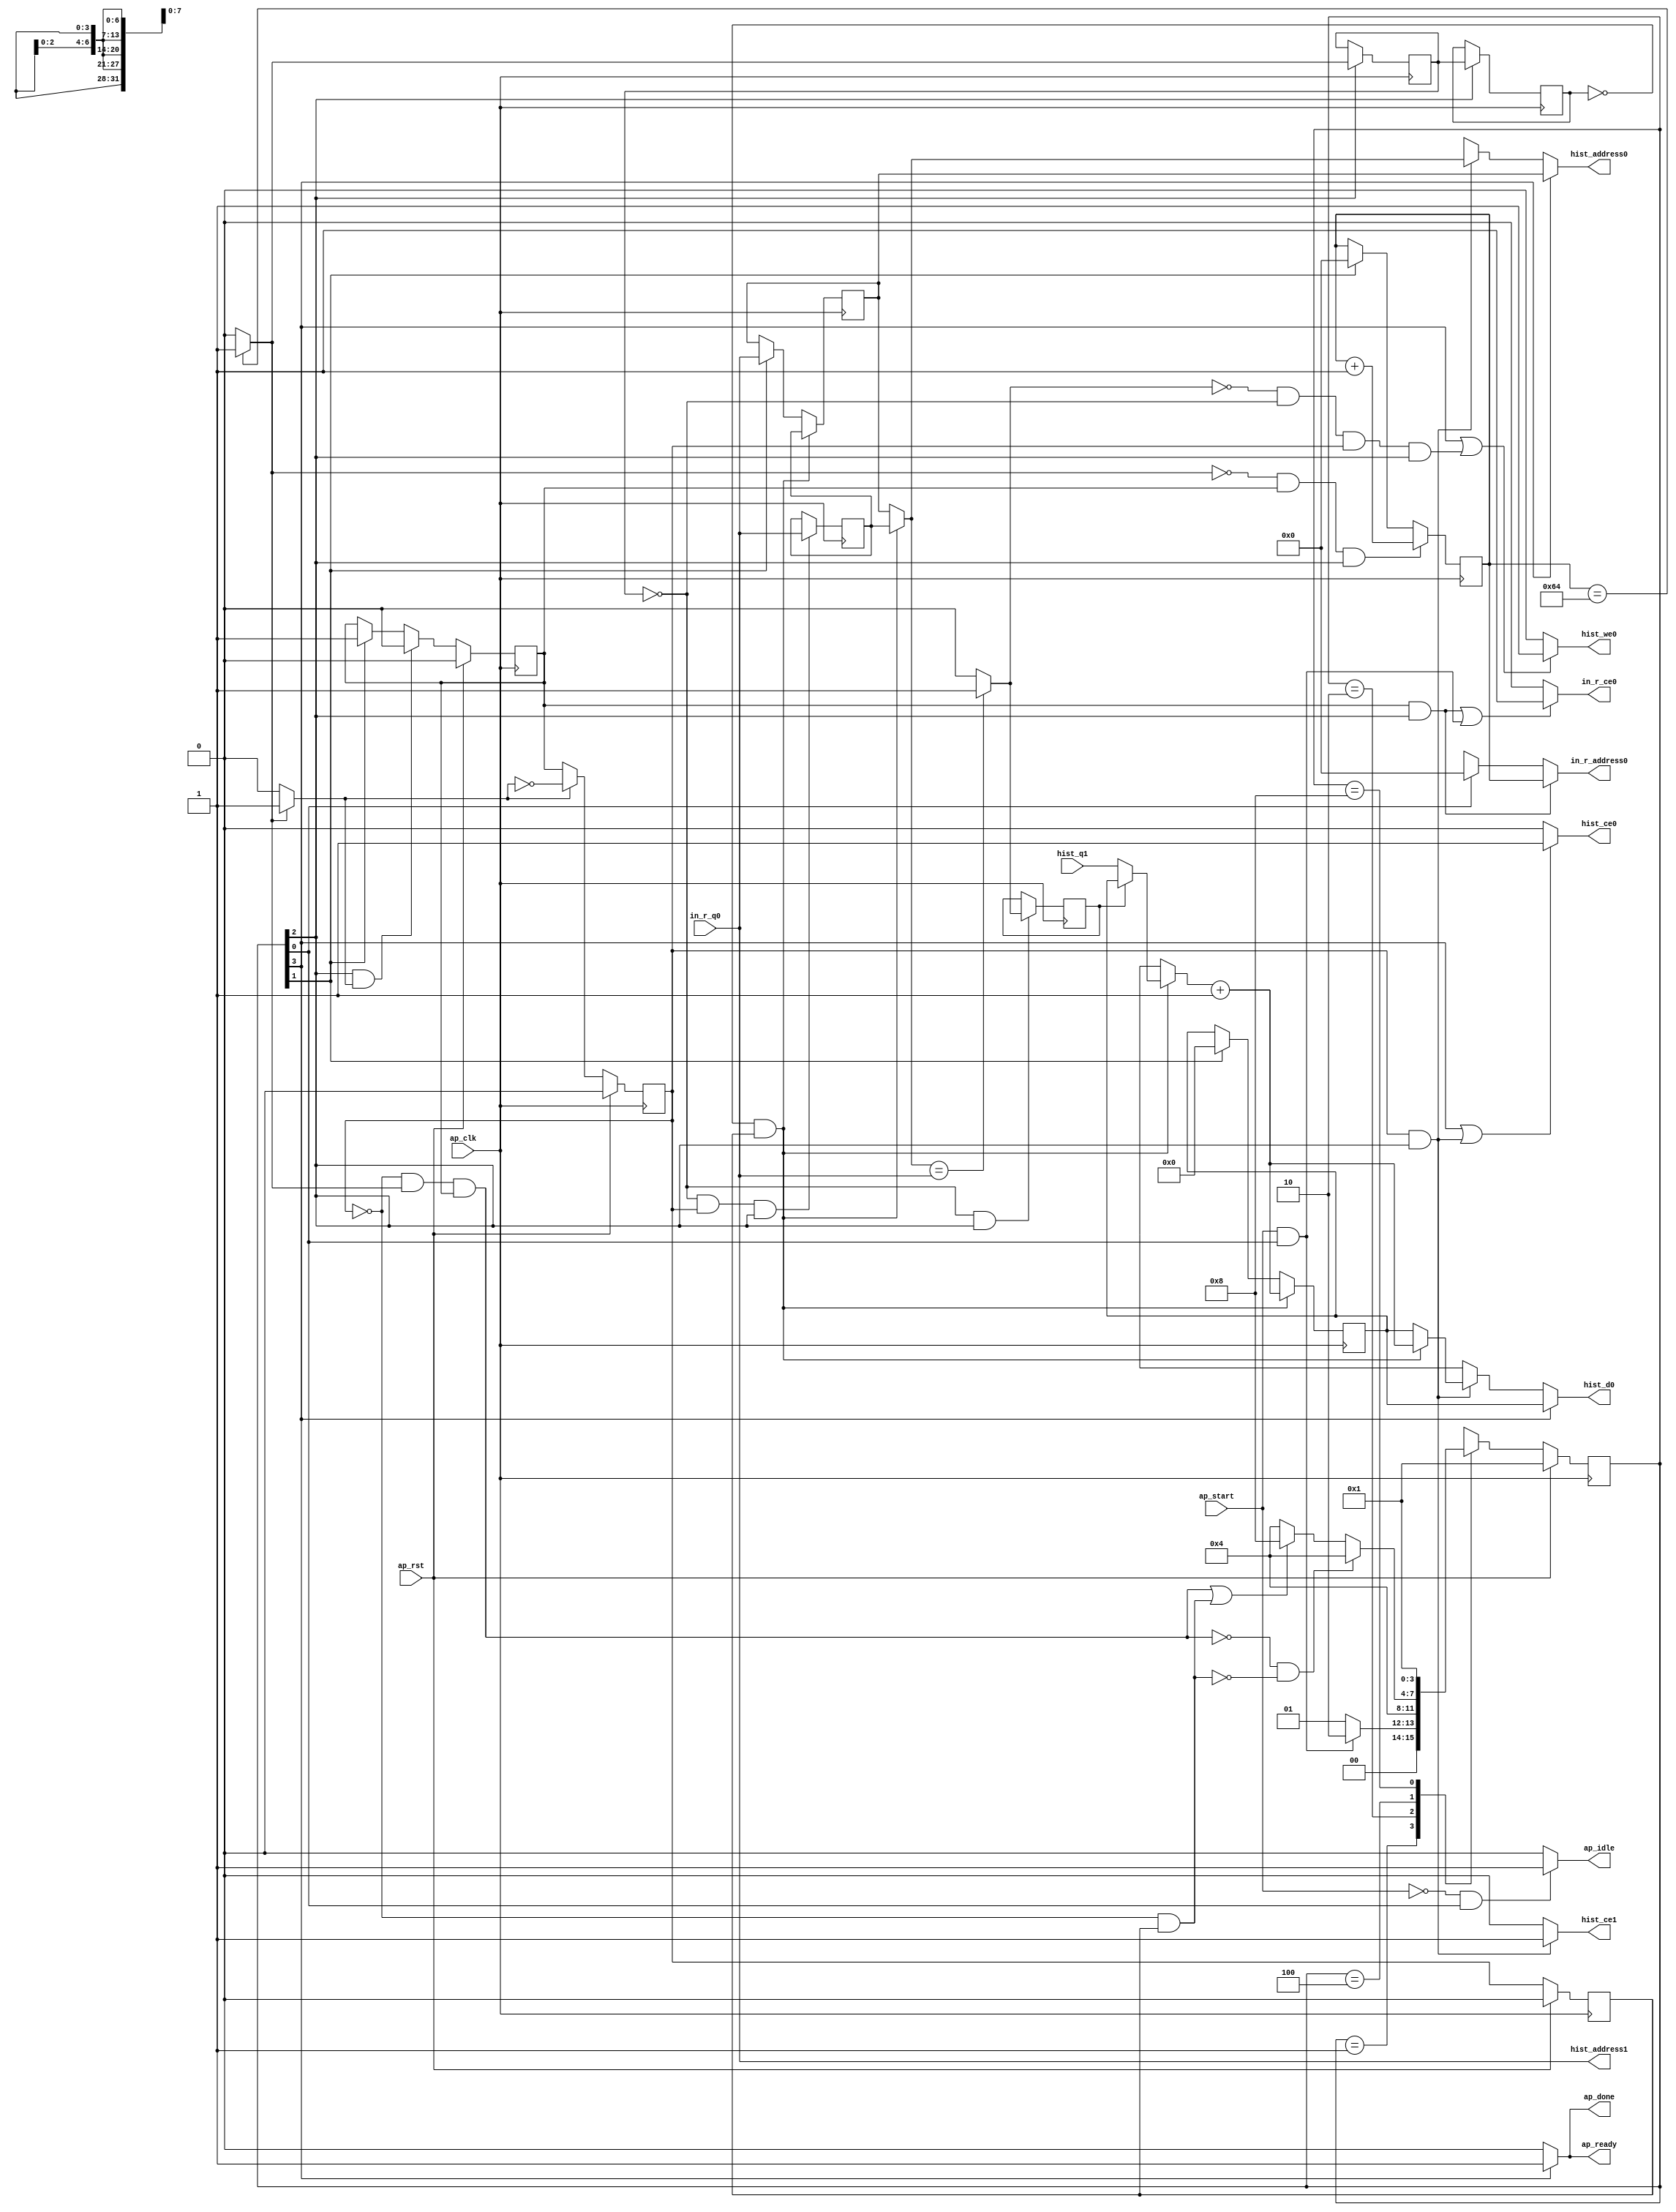
// ==============================================================
// RTL generated by Vivado(TM) HLS - High-Level Synthesis from C, C++ and SystemC
// Version: 2018.2
// Copyright (C) 1986-2018 Xilinx, Inc. All Rights Reserved.
// 
// ===========================================================

`timescale 1 ns / 1 ps 

(* CORE_GENERATION_INFO="histogram_forward,hls_ip_2018_2,{HLS_INPUT_TYPE=cxx,HLS_INPUT_FLOAT=0,HLS_INPUT_FIXED=0,HLS_INPUT_PART=xc7k160tfbg484-2,HLS_INPUT_CLOCK=10.000000,HLS_INPUT_ARCH=others,HLS_SYN_CLOCK=6.918000,HLS_SYN_LAT=104,HLS_SYN_TPT=none,HLS_SYN_MEM=0,HLS_SYN_DSP=0,HLS_SYN_FF=65,HLS_SYN_LUT=218,HLS_VERSION=2018_2}" *)

module histogram_forward (
        ap_clk,
        ap_rst,
        ap_start,
        ap_done,
        ap_idle,
        ap_ready,
        in_r_address0,
        in_r_ce0,
        in_r_q0,
        hist_address0,
        hist_ce0,
        hist_we0,
        hist_d0,
        hist_address1,
        hist_ce1,
        hist_q1
);

parameter    ap_ST_fsm_state1 = 4'd1;
parameter    ap_ST_fsm_state2 = 4'd2;
parameter    ap_ST_fsm_pp0_stage0 = 4'd4;
parameter    ap_ST_fsm_state6 = 4'd8;

input   ap_clk;
input   ap_rst;
input   ap_start;
output   ap_done;
output   ap_idle;
output   ap_ready;
output  [6:0] in_r_address0;
output   in_r_ce0;
input  [7:0] in_r_q0;
output  [7:0] hist_address0;
output   hist_ce0;
output   hist_we0;
output  [31:0] hist_d0;
output  [7:0] hist_address1;
output   hist_ce1;
input  [31:0] hist_q1;

reg ap_done;
reg ap_idle;
reg ap_ready;
reg[6:0] in_r_address0;
reg in_r_ce0;
reg[7:0] hist_address0;
reg hist_ce0;
reg hist_we0;
reg[31:0] hist_d0;
reg hist_ce1;

(* fsm_encoding = "none" *) reg   [3:0] ap_CS_fsm;
wire    ap_CS_fsm_state1;
reg   [31:0] acc_reg_91;
reg  signed [7:0] old1_reg_104;
reg   [6:0] i_reg_114;
wire    ap_CS_fsm_state2;
wire   [0:0] exitcond_fu_136_p2;
reg   [0:0] exitcond_reg_190;
wire    ap_CS_fsm_pp0_stage0;
wire    ap_block_state3_pp0_stage0_iter0;
wire    ap_block_state4_pp0_stage0_iter1;
wire    ap_block_state5_pp0_stage0_iter2;
wire    ap_block_pp0_stage0_11001;
reg   [0:0] exitcond_reg_190_pp0_iter1_reg;
wire   [6:0] i_1_fu_142_p2;
reg    ap_enable_reg_pp0_iter0;
reg  signed [7:0] in_load_1_reg_204;
reg    ap_enable_reg_pp0_iter1;
wire   [0:0] tmp_2_fu_153_p2;
reg   [0:0] tmp_2_reg_209;
wire   [31:0] acc_1_fu_169_p2;
reg    ap_enable_reg_pp0_iter2;
wire    ap_block_pp0_stage0_subdone;
reg    ap_condition_pp0_exit_iter0_state3;
reg   [31:0] ap_phi_mux_acc_phi_fu_96_p4;
wire    ap_block_pp0_stage0;
reg  signed [7:0] ap_phi_mux_old1_phi_fu_107_p4;
reg   [31:0] ap_phi_mux_acc_1_in_phi_fu_128_p4;
wire   [31:0] ap_phi_reg_pp0_iter2_acc_1_in_reg_125;
wire   [63:0] tmp_1_fu_148_p1;
wire  signed [63:0] tmp_3_fu_159_p1;
wire  signed [63:0] tmp_4_fu_164_p1;
wire  signed [63:0] tmp_fu_175_p1;
wire    ap_CS_fsm_state6;
wire  signed [7:0] tmp_2_fu_153_p1;
wire  signed [7:0] tmp_4_fu_164_p0;
reg   [3:0] ap_NS_fsm;
reg    ap_idle_pp0;
wire    ap_enable_pp0;
reg    ap_condition_124;

// power-on initialization
initial begin
#0 ap_CS_fsm = 4'd1;
#0 ap_enable_reg_pp0_iter0 = 1'b0;
#0 ap_enable_reg_pp0_iter1 = 1'b0;
#0 ap_enable_reg_pp0_iter2 = 1'b0;
end

always @ (posedge ap_clk) begin
    if (ap_rst == 1'b1) begin
        ap_CS_fsm <= ap_ST_fsm_state1;
    end else begin
        ap_CS_fsm <= ap_NS_fsm;
    end
end

always @ (posedge ap_clk) begin
    if (ap_rst == 1'b1) begin
        ap_enable_reg_pp0_iter0 <= 1'b0;
    end else begin
        if (((1'b1 == ap_CS_fsm_pp0_stage0) & (1'b1 == ap_condition_pp0_exit_iter0_state3) & (1'b0 == ap_block_pp0_stage0_subdone))) begin
            ap_enable_reg_pp0_iter0 <= 1'b0;
        end else if ((1'b1 == ap_CS_fsm_state2)) begin
            ap_enable_reg_pp0_iter0 <= 1'b1;
        end
    end
end

always @ (posedge ap_clk) begin
    if (ap_rst == 1'b1) begin
        ap_enable_reg_pp0_iter1 <= 1'b0;
    end else begin
        if ((1'b0 == ap_block_pp0_stage0_subdone)) begin
            if ((1'b1 == ap_condition_pp0_exit_iter0_state3)) begin
                ap_enable_reg_pp0_iter1 <= (1'b1 ^ ap_condition_pp0_exit_iter0_state3);
            end else if ((1'b1 == 1'b1)) begin
                ap_enable_reg_pp0_iter1 <= ap_enable_reg_pp0_iter0;
            end
        end
    end
end

always @ (posedge ap_clk) begin
    if (ap_rst == 1'b1) begin
        ap_enable_reg_pp0_iter2 <= 1'b0;
    end else begin
        if ((1'b0 == ap_block_pp0_stage0_subdone)) begin
            ap_enable_reg_pp0_iter2 <= ap_enable_reg_pp0_iter1;
        end else if ((1'b1 == ap_CS_fsm_state2)) begin
            ap_enable_reg_pp0_iter2 <= 1'b0;
        end
    end
end

always @ (posedge ap_clk) begin
    if (((exitcond_reg_190_pp0_iter1_reg == 1'd0) & (1'b0 == ap_block_pp0_stage0_11001) & (ap_enable_reg_pp0_iter2 == 1'b1))) begin
        acc_reg_91 <= acc_1_fu_169_p2;
    end else if ((1'b1 == ap_CS_fsm_state2)) begin
        acc_reg_91 <= 32'd0;
    end
end

always @ (posedge ap_clk) begin
    if (((1'b0 == ap_block_pp0_stage0_11001) & (exitcond_fu_136_p2 == 1'd0) & (ap_enable_reg_pp0_iter0 == 1'b1) & (1'b1 == ap_CS_fsm_pp0_stage0))) begin
        i_reg_114 <= i_1_fu_142_p2;
    end else if ((1'b1 == ap_CS_fsm_state2)) begin
        i_reg_114 <= 7'd0;
    end
end

always @ (posedge ap_clk) begin
    if (((exitcond_reg_190_pp0_iter1_reg == 1'd0) & (1'b0 == ap_block_pp0_stage0_11001) & (ap_enable_reg_pp0_iter2 == 1'b1))) begin
        old1_reg_104 <= in_load_1_reg_204;
    end else if ((1'b1 == ap_CS_fsm_state2)) begin
        old1_reg_104 <= in_r_q0;
    end
end

always @ (posedge ap_clk) begin
    if (((1'b0 == ap_block_pp0_stage0_11001) & (1'b1 == ap_CS_fsm_pp0_stage0))) begin
        exitcond_reg_190 <= exitcond_fu_136_p2;
        exitcond_reg_190_pp0_iter1_reg <= exitcond_reg_190;
    end
end

always @ (posedge ap_clk) begin
    if (((1'b0 == ap_block_pp0_stage0_11001) & (exitcond_reg_190 == 1'd0) & (ap_enable_reg_pp0_iter1 == 1'b1) & (1'b1 == ap_CS_fsm_pp0_stage0))) begin
        in_load_1_reg_204 <= in_r_q0;
    end
end

always @ (posedge ap_clk) begin
    if (((1'b0 == ap_block_pp0_stage0_11001) & (exitcond_reg_190 == 1'd0) & (1'b1 == ap_CS_fsm_pp0_stage0))) begin
        tmp_2_reg_209 <= tmp_2_fu_153_p2;
    end
end

always @ (*) begin
    if ((exitcond_fu_136_p2 == 1'd1)) begin
        ap_condition_pp0_exit_iter0_state3 = 1'b1;
    end else begin
        ap_condition_pp0_exit_iter0_state3 = 1'b0;
    end
end

always @ (*) begin
    if ((1'b1 == ap_CS_fsm_state6)) begin
        ap_done = 1'b1;
    end else begin
        ap_done = 1'b0;
    end
end

always @ (*) begin
    if (((ap_start == 1'b0) & (1'b1 == ap_CS_fsm_state1))) begin
        ap_idle = 1'b1;
    end else begin
        ap_idle = 1'b0;
    end
end

always @ (*) begin
    if (((ap_enable_reg_pp0_iter1 == 1'b0) & (ap_enable_reg_pp0_iter0 == 1'b0) & (ap_enable_reg_pp0_iter2 == 1'b0))) begin
        ap_idle_pp0 = 1'b1;
    end else begin
        ap_idle_pp0 = 1'b0;
    end
end

always @ (*) begin
    if ((1'b1 == ap_condition_124)) begin
        if ((tmp_2_reg_209 == 1'd1)) begin
            ap_phi_mux_acc_1_in_phi_fu_128_p4 = acc_reg_91;
        end else if ((tmp_2_reg_209 == 1'd0)) begin
            ap_phi_mux_acc_1_in_phi_fu_128_p4 = hist_q1;
        end else begin
            ap_phi_mux_acc_1_in_phi_fu_128_p4 = ap_phi_reg_pp0_iter2_acc_1_in_reg_125;
        end
    end else begin
        ap_phi_mux_acc_1_in_phi_fu_128_p4 = ap_phi_reg_pp0_iter2_acc_1_in_reg_125;
    end
end

always @ (*) begin
    if (((exitcond_reg_190_pp0_iter1_reg == 1'd0) & (ap_enable_reg_pp0_iter2 == 1'b1) & (1'b0 == ap_block_pp0_stage0))) begin
        ap_phi_mux_acc_phi_fu_96_p4 = acc_1_fu_169_p2;
    end else begin
        ap_phi_mux_acc_phi_fu_96_p4 = acc_reg_91;
    end
end

always @ (*) begin
    if (((exitcond_reg_190_pp0_iter1_reg == 1'd0) & (ap_enable_reg_pp0_iter2 == 1'b1) & (1'b0 == ap_block_pp0_stage0))) begin
        ap_phi_mux_old1_phi_fu_107_p4 = in_load_1_reg_204;
    end else begin
        ap_phi_mux_old1_phi_fu_107_p4 = old1_reg_104;
    end
end

always @ (*) begin
    if ((1'b1 == ap_CS_fsm_state6)) begin
        ap_ready = 1'b1;
    end else begin
        ap_ready = 1'b0;
    end
end

always @ (*) begin
    if ((1'b1 == ap_CS_fsm_state6)) begin
        hist_address0 = tmp_fu_175_p1;
    end else if (((ap_enable_reg_pp0_iter1 == 1'b1) & (1'b1 == ap_CS_fsm_pp0_stage0) & (1'b0 == ap_block_pp0_stage0))) begin
        hist_address0 = tmp_3_fu_159_p1;
    end else begin
        hist_address0 = 'bx;
    end
end

always @ (*) begin
    if (((1'b1 == ap_CS_fsm_state6) | ((1'b0 == ap_block_pp0_stage0_11001) & (ap_enable_reg_pp0_iter1 == 1'b1) & (1'b1 == ap_CS_fsm_pp0_stage0)))) begin
        hist_ce0 = 1'b1;
    end else begin
        hist_ce0 = 1'b0;
    end
end

always @ (*) begin
    if (((1'b0 == ap_block_pp0_stage0_11001) & (ap_enable_reg_pp0_iter1 == 1'b1) & (1'b1 == ap_CS_fsm_pp0_stage0))) begin
        hist_ce1 = 1'b1;
    end else begin
        hist_ce1 = 1'b0;
    end
end

always @ (*) begin
    if ((1'b1 == ap_CS_fsm_state6)) begin
        hist_d0 = acc_reg_91;
    end else if (((ap_enable_reg_pp0_iter1 == 1'b1) & (1'b1 == ap_CS_fsm_pp0_stage0) & (1'b0 == ap_block_pp0_stage0))) begin
        hist_d0 = ap_phi_mux_acc_phi_fu_96_p4;
    end else begin
        hist_d0 = 'bx;
    end
end

always @ (*) begin
    if (((1'b1 == ap_CS_fsm_state6) | ((tmp_2_fu_153_p2 == 1'd0) & (1'b0 == ap_block_pp0_stage0_11001) & (exitcond_reg_190 == 1'd0) & (ap_enable_reg_pp0_iter1 == 1'b1) & (1'b1 == ap_CS_fsm_pp0_stage0)))) begin
        hist_we0 = 1'b1;
    end else begin
        hist_we0 = 1'b0;
    end
end

always @ (*) begin
    if (((ap_enable_reg_pp0_iter0 == 1'b1) & (1'b1 == ap_CS_fsm_pp0_stage0) & (1'b0 == ap_block_pp0_stage0))) begin
        in_r_address0 = tmp_1_fu_148_p1;
    end else if ((1'b1 == ap_CS_fsm_state1)) begin
        in_r_address0 = 64'd0;
    end else begin
        in_r_address0 = 'bx;
    end
end

always @ (*) begin
    if ((((1'b0 == ap_block_pp0_stage0_11001) & (ap_enable_reg_pp0_iter0 == 1'b1) & (1'b1 == ap_CS_fsm_pp0_stage0)) | ((ap_start == 1'b1) & (1'b1 == ap_CS_fsm_state1)))) begin
        in_r_ce0 = 1'b1;
    end else begin
        in_r_ce0 = 1'b0;
    end
end

always @ (*) begin
    case (ap_CS_fsm)
        ap_ST_fsm_state1 : begin
            if (((ap_start == 1'b1) & (1'b1 == ap_CS_fsm_state1))) begin
                ap_NS_fsm = ap_ST_fsm_state2;
            end else begin
                ap_NS_fsm = ap_ST_fsm_state1;
            end
        end
        ap_ST_fsm_state2 : begin
            ap_NS_fsm = ap_ST_fsm_pp0_stage0;
        end
        ap_ST_fsm_pp0_stage0 : begin
            if ((~((ap_enable_reg_pp0_iter1 == 1'b0) & (exitcond_fu_136_p2 == 1'd1) & (ap_enable_reg_pp0_iter0 == 1'b1) & (1'b0 == ap_block_pp0_stage0_subdone)) & ~((ap_enable_reg_pp0_iter1 == 1'b0) & (ap_enable_reg_pp0_iter2 == 1'b1) & (1'b0 == ap_block_pp0_stage0_subdone)))) begin
                ap_NS_fsm = ap_ST_fsm_pp0_stage0;
            end else if ((((ap_enable_reg_pp0_iter1 == 1'b0) & (exitcond_fu_136_p2 == 1'd1) & (ap_enable_reg_pp0_iter0 == 1'b1) & (1'b0 == ap_block_pp0_stage0_subdone)) | ((ap_enable_reg_pp0_iter1 == 1'b0) & (ap_enable_reg_pp0_iter2 == 1'b1) & (1'b0 == ap_block_pp0_stage0_subdone)))) begin
                ap_NS_fsm = ap_ST_fsm_state6;
            end else begin
                ap_NS_fsm = ap_ST_fsm_pp0_stage0;
            end
        end
        ap_ST_fsm_state6 : begin
            ap_NS_fsm = ap_ST_fsm_state1;
        end
        default : begin
            ap_NS_fsm = 'bx;
        end
    endcase
end

assign acc_1_fu_169_p2 = (ap_phi_mux_acc_1_in_phi_fu_128_p4 + 32'd1);

assign ap_CS_fsm_pp0_stage0 = ap_CS_fsm[32'd2];

assign ap_CS_fsm_state1 = ap_CS_fsm[32'd0];

assign ap_CS_fsm_state2 = ap_CS_fsm[32'd1];

assign ap_CS_fsm_state6 = ap_CS_fsm[32'd3];

assign ap_block_pp0_stage0 = ~(1'b1 == 1'b1);

assign ap_block_pp0_stage0_11001 = ~(1'b1 == 1'b1);

assign ap_block_pp0_stage0_subdone = ~(1'b1 == 1'b1);

assign ap_block_state3_pp0_stage0_iter0 = ~(1'b1 == 1'b1);

assign ap_block_state4_pp0_stage0_iter1 = ~(1'b1 == 1'b1);

assign ap_block_state5_pp0_stage0_iter2 = ~(1'b1 == 1'b1);

always @ (*) begin
    ap_condition_124 = ((exitcond_reg_190_pp0_iter1_reg == 1'd0) & (ap_enable_reg_pp0_iter2 == 1'b1) & (1'b0 == ap_block_pp0_stage0));
end

assign ap_enable_pp0 = (ap_idle_pp0 ^ 1'b1);

assign ap_phi_reg_pp0_iter2_acc_1_in_reg_125 = 'bx;

assign exitcond_fu_136_p2 = ((i_reg_114 == 7'd100) ? 1'b1 : 1'b0);

assign hist_address1 = tmp_4_fu_164_p1;

assign i_1_fu_142_p2 = (i_reg_114 + 7'd1);

assign tmp_1_fu_148_p1 = i_reg_114;

assign tmp_2_fu_153_p1 = in_r_q0;

assign tmp_2_fu_153_p2 = ((ap_phi_mux_old1_phi_fu_107_p4 == tmp_2_fu_153_p1) ? 1'b1 : 1'b0);

assign tmp_3_fu_159_p1 = ap_phi_mux_old1_phi_fu_107_p4;

assign tmp_4_fu_164_p0 = in_r_q0;

assign tmp_4_fu_164_p1 = tmp_4_fu_164_p0;

assign tmp_fu_175_p1 = old1_reg_104;

endmodule //histogram_forward